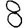
Digit: 8